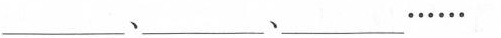
___、___、___……